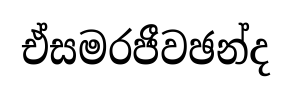
ඒසමරජීවඡන්ද